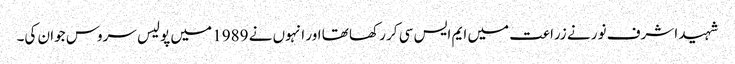
شہید اشرف نور نے زراعت میں ایم ایس سی کر رکھا تھا اور انہوں نے 1989 میں پولیس سروس جوان کی۔